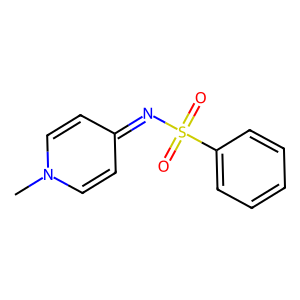
SMILES: Cn1ccc(=NS(=O)(=O)c2ccccc2)cc1
Inhibits HIV replication: No